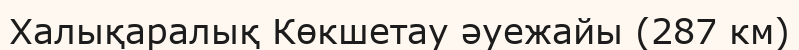
Халықаралық Көкшетау әуежайы (287 км)